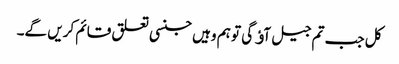
کل جب تم جیل آﺅ گی تو ہم وہیں جنسی تعلق قائم کریں گے۔